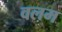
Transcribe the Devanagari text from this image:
वलम